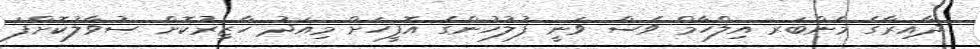
ދާއިރާގެ މެންބަރ އިލްހާމް ވެސް ވަނީ ފުލުހުންގެ އޮފީހަށް މިއަދު ހާޒިރުކޮށް ސުވާލުކޮށްފަ